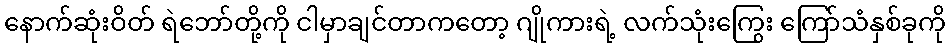
နောက်ဆုံးဝိတ် ရဲဘော်တို့ကို ငါမှာချင်တာကတော့ ဂျိုကားရဲ့ လက်သုံးကြွေး ကြော်သံနှစ်ခုကို